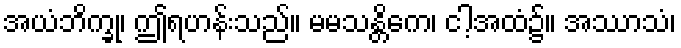
အယံဘိက္ခု၊ ဤရဟန်းသည်။ မမသန္တိကေ၊ ငါ့အထံ၌။ အဿာသံ၊